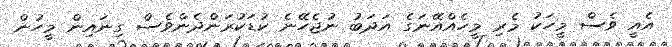
އެއީ ވެސް މީހަކު މެރި މީހެއްއޭނަގެ އަދަބު ނުޖެހޭނެ ކުޑަކުރަންދެންވެސް ގިނައިން މީހުން